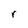
Character: r